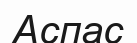
Аспас